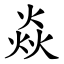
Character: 焱